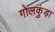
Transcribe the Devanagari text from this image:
गोलकुंड़ा